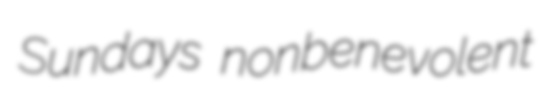
Sundays nonbenevolent